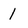
Character: 1